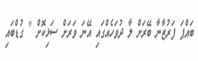
ބައްޕަ ފަރުޒާނާ ބޭރަށް ލާ ދުވަހެއްގައި އޭނަ ވަރަށް ސަޅިކޮށް " ގުޑްބައި